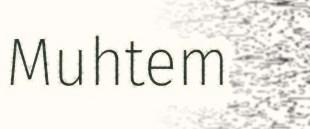
Muhtem